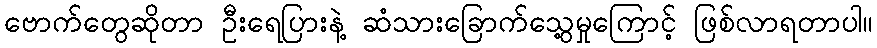
ဗောက်တွေဆိုတာ ဦးရေပြားနဲ့ ဆံသားခြောက်သွေ့မှုကြောင့် ဖြစ်လာရတာပါ။